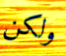
ولكن